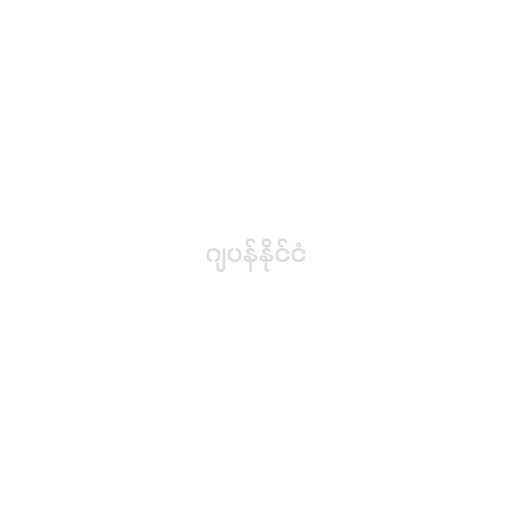
ဂျပန်နိုင်ငံ